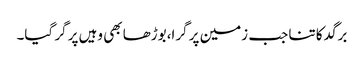
برگد کا تنا جب زمین پر گرا،بوڑھا بھی وہیں پر گر گیا۔